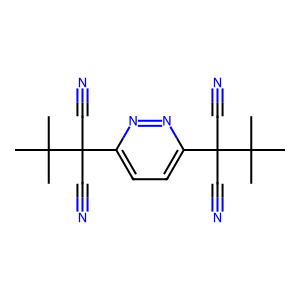
SMILES: CC(C)(C)C(C#N)(C#N)c1ccc(C(C#N)(C#N)C(C)(C)C)nn1
Inhibits HIV replication: No